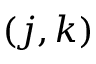
( j , k )